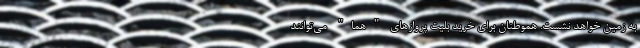
به زمین خواهد نشست. هموطنان برای خرید بلیت پروازهای "هما" می‌توانند